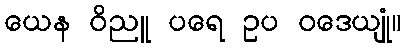
ယေန ဝိညူ ပရေ ဥပ ဝဒေယျုံ။